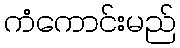
ကံကောင်းမည်